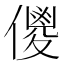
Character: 儍